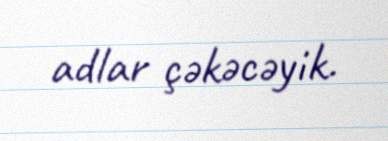
adlar çəkəcəyik.